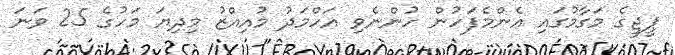
ޕީޖީގެ މަގާމުގައި އެންމެފަހުން ހުންނެވި އަހްމަދު މުއިއްޒު މިދިޔަ މަހުގެ 25 ވަނަ